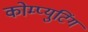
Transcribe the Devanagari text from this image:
कोम्प्युटिंग